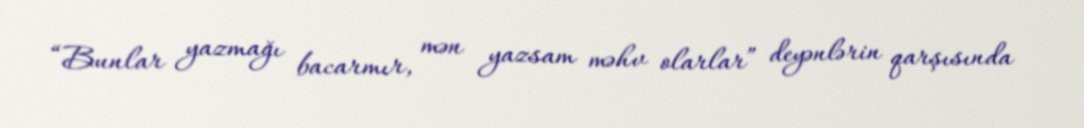
“Bunlar yazmağı bacarmır, mən yazsam məhv olarlar” deyənlərin qarşısında